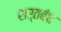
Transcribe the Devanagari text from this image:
शर्तबंध